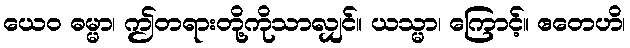
ယေဝ ဓမ္မာ၊ ဤတရားတို့ကိုသာလျှင်။ ယသ္မာ၊ ကြောင့်။ ဧတေဟိ၊